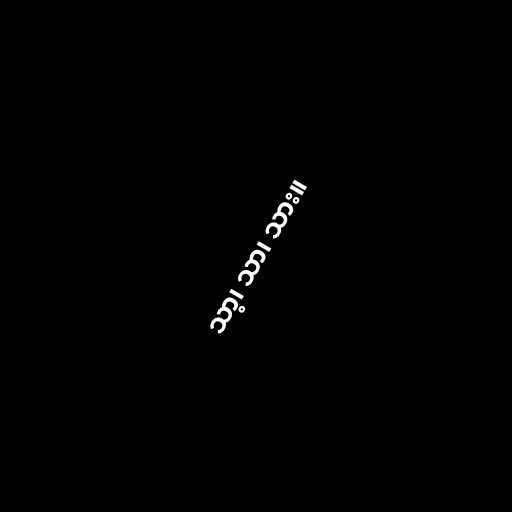
သာ့၊ သာ၊ သား။